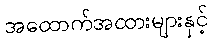
အထောက်အထားများနှင့်